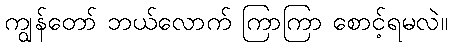
ကျွန်တော် ဘယ်လောက် ကြာကြာ စောင့်ရမလဲ။